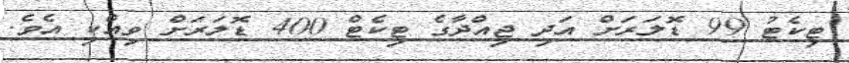
ޓިކެޓު 99 ޑޮލަރަށް އަދި ޖިއްދާގެ ޓިކެޓް 400 ޑޮލަރަށް ވިއްކި އެވެ.